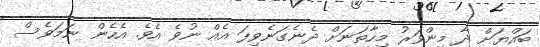
ބައްޔަށް ދާ މިންވަރު މިހާތަނަށް ދެނެގަނެވިފަ އެއް ނުވެ އެވެ. އެހެން ނަމަވެސް